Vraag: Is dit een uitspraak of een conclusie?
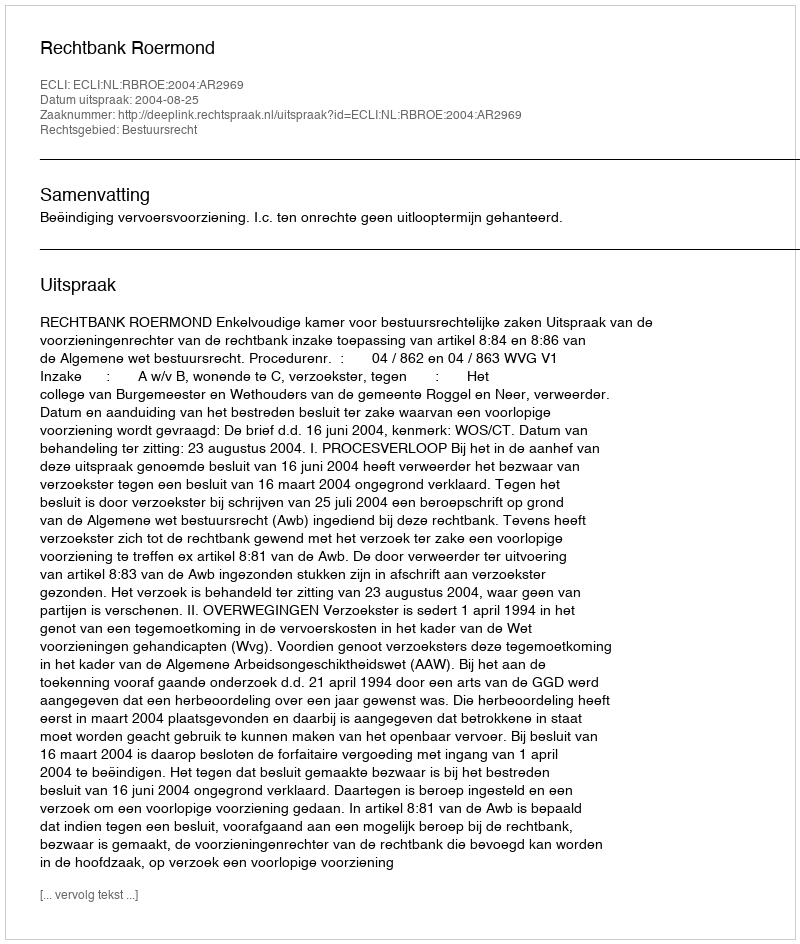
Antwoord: Uitspraak